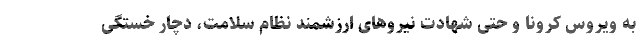
به ویروس کرونا و حتی شهادت نیروهای ارزشمند نظام سلامت، دچار خستگی